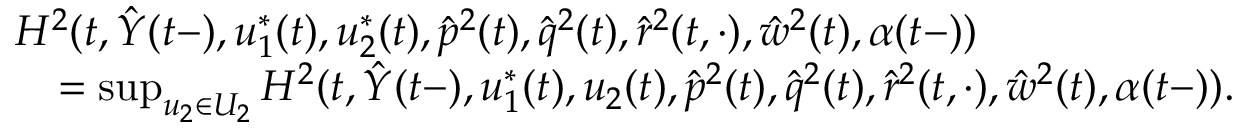
\begin{array} { r l } & { H ^ { 2 } ( t , \hat { Y } ( t - ) , u _ { 1 } ^ { * } ( t ) , u _ { 2 } ^ { * } ( t ) , \hat { p } ^ { 2 } ( t ) , \hat { q } ^ { 2 } ( t ) , \hat { r } ^ { 2 } ( t , \cdot ) , \hat { w } ^ { 2 } ( t ) , \alpha ( t - ) ) } \\ & { \quad = \operatorname* { s u p } _ { u _ { 2 } \in U _ { 2 } } H ^ { 2 } ( t , \hat { Y } ( t - ) , u _ { 1 } ^ { * } ( t ) , u _ { 2 } ( t ) , \hat { p } ^ { 2 } ( t ) , \hat { q } ^ { 2 } ( t ) , \hat { r } ^ { 2 } ( t , \cdot ) , \hat { w } ^ { 2 } ( t ) , \alpha ( t - ) ) . } \end{array}